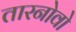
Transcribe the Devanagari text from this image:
तारनोवो